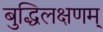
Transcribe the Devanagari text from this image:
बुद्धिलक्षणम्‌